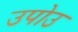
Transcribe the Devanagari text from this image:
उपोउ